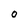
Character: O